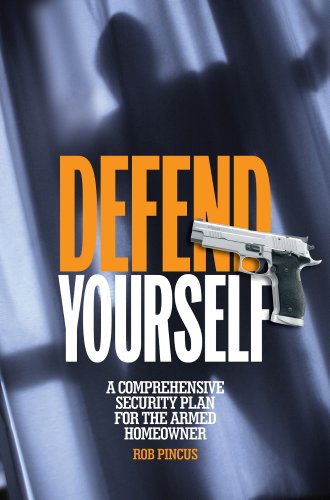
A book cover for Defend Yourself: A Comprehensive Security Plan for the Armed Homeowner; Rob Pincus; Sports & Outdoors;